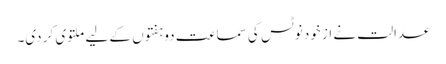
عدالت نے از خود نوٹس کی سماعت دو ہفتوں کے لیے ملتوی کر دی۔